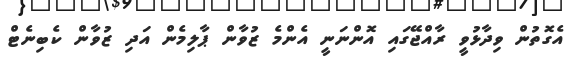
އެގޮތުން ވިދާޅުވީ ރާއްޖޭގައި އޮންނަނީ އެންމެ ޒުވާން ޕާލިމެން އަދި ޒުވާން ކެބިނެޓް